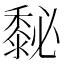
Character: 𪏺